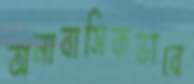
অনাবাসিকভাবে